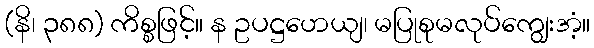
(နိ၊ ၃၈၈) ကိစ္စဖြင့်။ န ဥပဋ္ဌဟေယျ၊ မပြုစုမလုပ်ကျွေးအံ့။